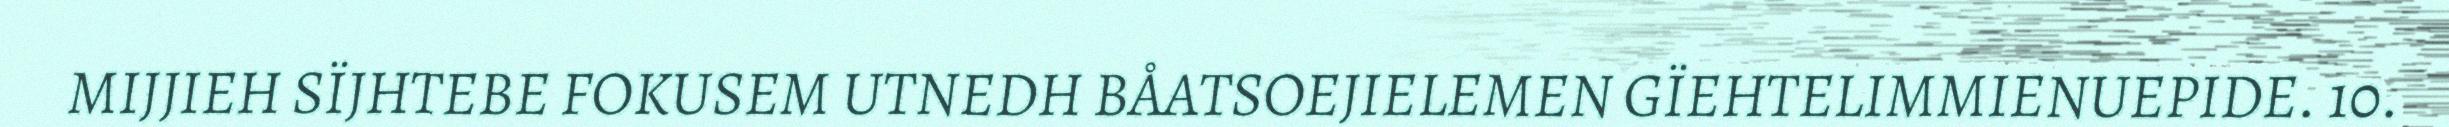
MIJJIEH SÏJHTEBE FOKUSEM UTNEDH BÅATSOEJIELEMEN GÏEHTELIMMIENUEPIDE. 10.